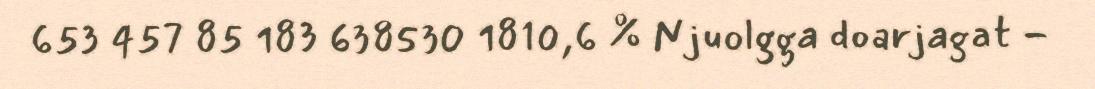
653 457 85 183 638530 1810,6 % Njuolgga doarjagat -